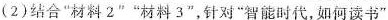
(2)结合”材料2””材料3”，针对”智能时代，如何读书”